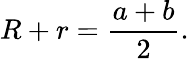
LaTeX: R+r={\frac{a+b}{2}}.